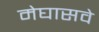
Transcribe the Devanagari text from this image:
मेघासवे